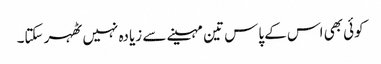
کوئی بھی اس کے پاس تین مہینے سے زیادہ نہیں ٹھہر سکتا۔